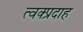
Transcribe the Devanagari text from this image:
त्वक्प्रदाह